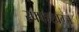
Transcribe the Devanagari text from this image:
स्फ्फ्ज्ख्ग्ज